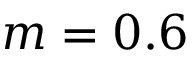
m = 0 . 6